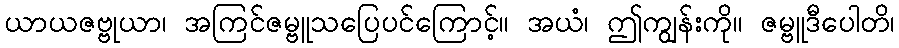
ယာယဇဗ္ဗုယာ၊ အကြင်ဇမ္ဗူသပြေပင်ကြောင့်။ အယံ၊ ဤကျွန်းကို။ ဇမ္ဗူဒီပေါတိ၊